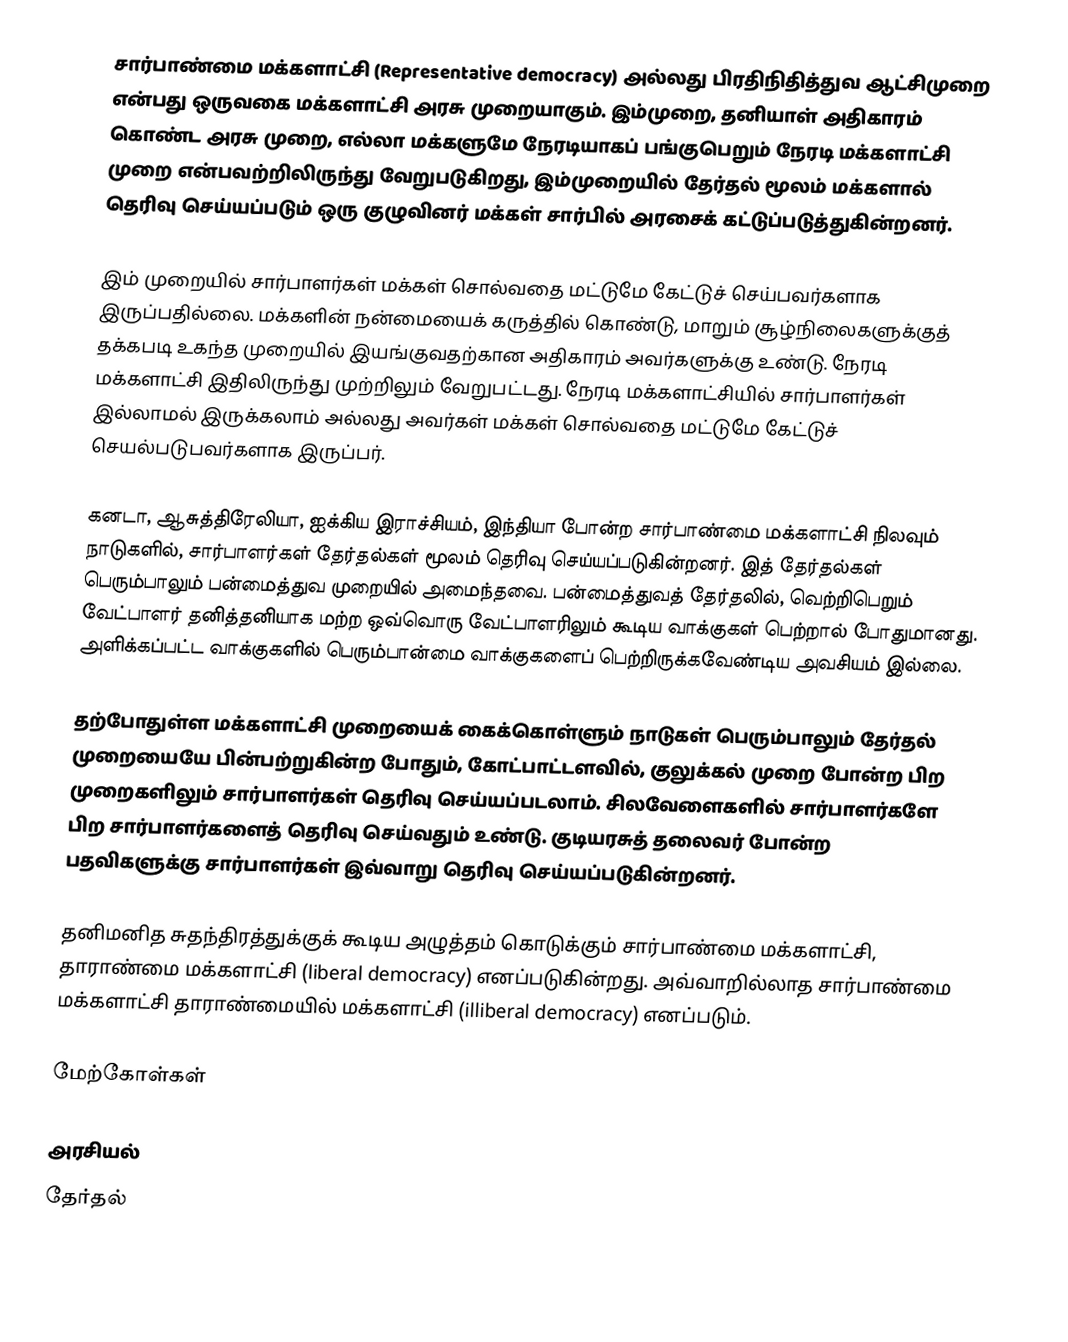
சார்பாண்மை மக்களாட்சி (Representative democracy) அல்லது பிரதிநிதித்துவ ஆட்சிமுறை  என்பது ஒருவகை மக்களாட்சி அரசு முறையாகும். இம்முறை, தனியாள் அதிகாரம் கொண்ட அரசு முறை, எல்லா மக்களுமே நேரடியாகப் பங்குபெறும் நேரடி மக்களாட்சி முறை என்பவற்றிலிருந்து வேறுபடுகிறது, இம்முறையில் தேர்தல் மூலம் மக்களால் தெரிவு செய்யப்படும் ஒரு குழுவினர் மக்கள் சார்பில் அரசைக் கட்டுப்படுத்துகின்றனர்.

இம் முறையில் சார்பாளர்கள் மக்கள் சொல்வதை மட்டுமே கேட்டுச் செய்பவர்களாக இருப்பதில்லை. மக்களின் நன்மையைக் கருத்தில் கொண்டு, மாறும் சூழ்நிலைகளுக்குத் தக்கபடி உகந்த முறையில் இயங்குவதற்கான அதிகாரம் அவர்களுக்கு உண்டு. நேரடி மக்களாட்சி இதிலிருந்து முற்றிலும் வேறுபட்டது. நேரடி மக்களாட்சியில் சார்பாளர்கள் இல்லாமல் இருக்கலாம் அல்லது அவர்கள் மக்கள் சொல்வதை மட்டுமே கேட்டுச் செயல்படுபவர்களாக இருப்பர்.

கனடா, ஆசுத்திரேலியா, ஐக்கிய இராச்சியம், இந்தியா போன்ற சார்பாண்மை மக்களாட்சி நிலவும் நாடுகளில், சார்பாளர்கள் தேர்தல்கள் மூலம் தெரிவு செய்யப்படுகின்றனர். இத் தேர்தல்கள் பெரும்பாலும் பன்மைத்துவ முறையில் அமைந்தவை. பன்மைத்துவத் தேர்தலில், வெற்றிபெறும் வேட்பாளர் தனித்தனியாக மற்ற ஒவ்வொரு வேட்பாளரிலும் கூடிய வாக்குகள் பெற்றால் போதுமானது. அளிக்கப்பட்ட வாக்குகளில் பெரும்பான்மை வாக்குகளைப் பெற்றிருக்கவேண்டிய அவசியம் இல்லை.

தற்போதுள்ள மக்களாட்சி முறையைக் கைக்கொள்ளும் நாடுகள் பெரும்பாலும் தேர்தல் முறையையே பின்பற்றுகின்ற போதும், கோட்பாட்டளவில், குலுக்கல் முறை போன்ற பிற முறைகளிலும் சார்பாளர்கள் தெரிவு செய்யப்படலாம். சிலவேளைகளில் சார்பாளர்களே பிற சார்பாளர்களைத் தெரிவு செய்வதும் உண்டு. குடியரசுத் தலைவர் போன்ற பதவிகளுக்கு சார்பாளர்கள் இவ்வாறு தெரிவு செய்யப்படுகின்றனர்.

தனிமனித சுதந்திரத்துக்குக் கூடிய அழுத்தம் கொடுக்கும் சார்பாண்மை மக்களாட்சி, தாராண்மை மக்களாட்சி (liberal democracy) எனப்படுகின்றது. அவ்வாறில்லாத சார்பாண்மை மக்களாட்சி தாராண்மையில் மக்களாட்சி (illiberal democracy) எனப்படும்.

மேற்கோள்கள்

அரசியல்
தேர்தல்